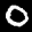
Label: 0